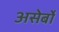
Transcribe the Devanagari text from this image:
असेर्बो